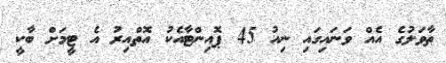
ތާވަލުގެ އެއް ވަނައިގައި ނިއު 45 ޕޮއިންޓާއެކު އޮތްއިރު އެ ޓީމަށް ބާކީ